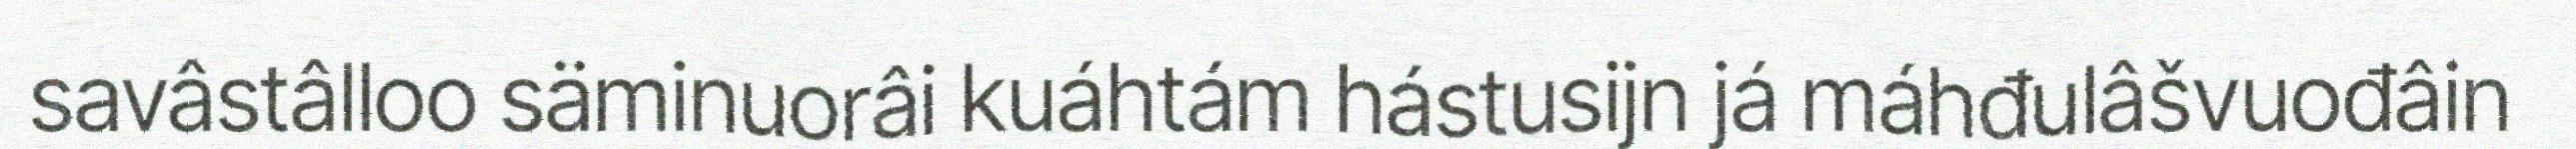
savâstâlloo säminuorâi kuáhtám hástusijn já máhđulâšvuođâin